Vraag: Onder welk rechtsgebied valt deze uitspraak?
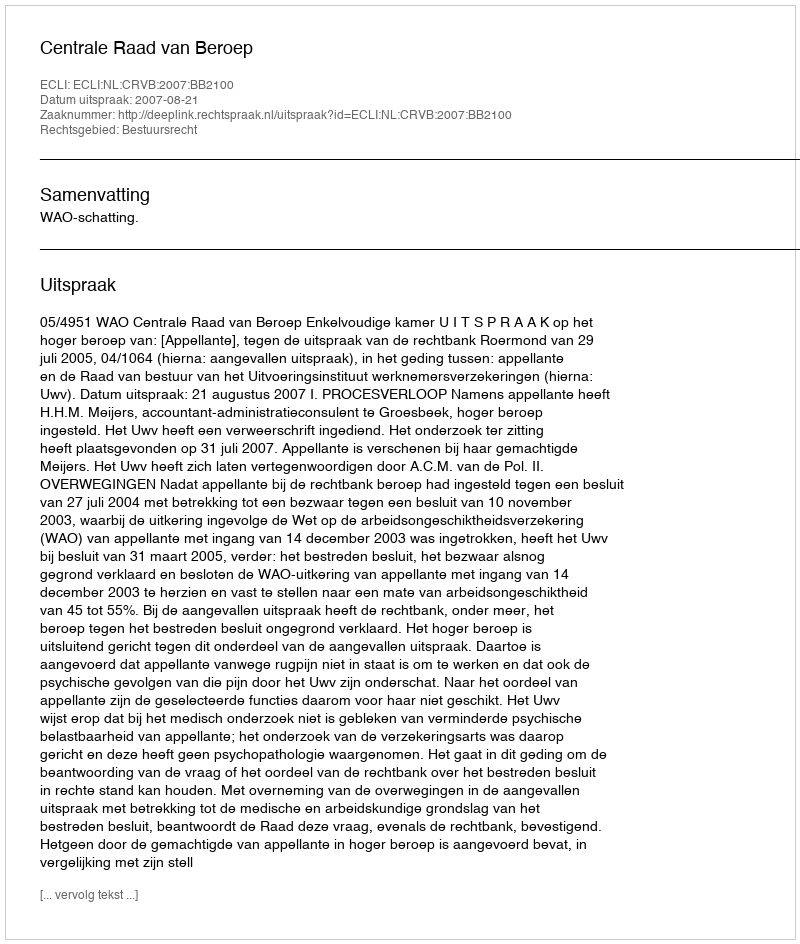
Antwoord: Bestuursrecht